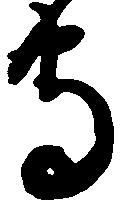
守